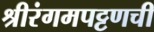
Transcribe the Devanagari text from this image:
श्रीरंगमपट्टणची